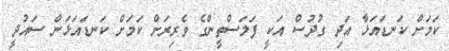
ކަމަށް ކަނޑައަޅާ އަދި ގުދުސް އަކީ ފަލަސްތީންގެ ވެރިރަށް ކަމަށް ކަނޑައަޅަން ސައުދީ